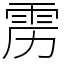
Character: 雳